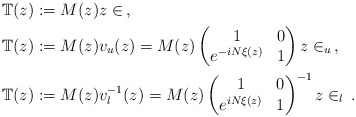
\begin{align*}\mathbb{T}(z) &:= M(z) z \in \, , \\\mathbb{T}(z) &:= M(z) v_u(z) =M(z) \begin{pmatrix} 1 & 0 \\ e^{-iN \xi(z)} & 1 \end{pmatrix} z \in _u \, , \\\mathbb{T}(z) &:= M(z) v_l^{-1}(z) =M(z) \begin{pmatrix} 1 & 0 \\ e^{iN \xi(z)} & 1 \end{pmatrix}^{-1} z \in _l \, . \end{align*}